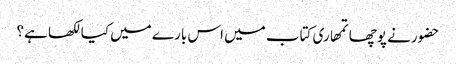
حضورنے پوچھا تمھاری کتاب میں اس بارے میں کیا لکھا ہے؟